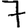
Digit: 7